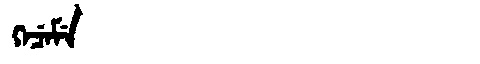
Manchu: ᡴᡝᠴᡝᠮᡝ
Romanization: KECEME